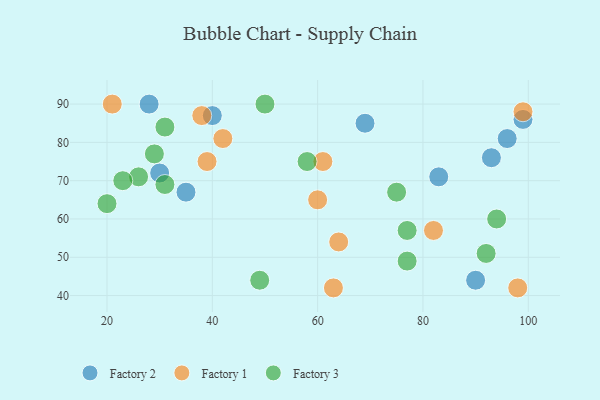
{"axis": {"x": "GDP", "y": "Life Expectancy"}, "legend": ["Factory 1", "Factory 2", "Factory 3"], "data": [{"x": "35", "y": 67, "type": "Factory 2"}, {"x": "96", "y": 81, "type": "Factory 2"}, {"x": "93", "y": 76, "type": "Factory 2"}, {"x": "40", "y": 87, "type": "Factory 2"}, {"x": "90", "y": 44, "type": "Factory 2"}, {"x": "69", "y": 85, "type": "Factory 2"}, {"x": "83", "y": 71, "type": "Factory 2"}, {"x": "99", "y": 86, "type": "Factory 2"}, {"x": "28", "y": 90, "type": "Factory 2"}, {"x": "30", "y": 72, "type": "Factory 2"}, {"x": "99", "y": 88, "type": "Factory 1"}, {"x": "38", "y": 87, "type": "Factory 1"}, {"x": "60", "y": 65, "type": "Factory 1"}, {"x": "21", "y": 90, "type": "Factory 1"}, {"x": "82", "y": 57, "type": "Factory 1"}, {"x": "64", "y": 54, "type": "Factory 1"}, {"x": "63", "y": 42, "type": "Factory 1"}, {"x": "98", "y": 42, "type": "Factory 1"}, {"x": "61", "y": 75, "type": "Factory 1"}, {"x": "42", "y": 81, "type": "Factory 1"}, {"x": "39", "y": 75, "type": "Factory 1"}, {"x": "31", "y": 84, "type": "Factory 3"}, {"x": "49", "y": 44, "type": "Factory 3"}, {"x": "20", "y": 64, "type": "Factory 3"}, {"x": "31", "y": 69, "type": "Factory 3"}, {"x": "77", "y": 57, "type": "Factory 3"}, {"x": "94", "y": 60, "type": "Factory 3"}, {"x": "50", "y": 90, "type": "Factory 3"}, {"x": "26", "y": 71, "type": "Factory 3"}, {"x": "58", "y": 75, "type": "Factory 3"}, {"x": "77", "y": 49, "type": "Factory 3"}, {"x": "75", "y": 67, "type": "Factory 3"}, {"x": "29", "y": 77, "type": "Factory 3"}, {"x": "23", "y": 70, "type": "Factory 3"}, {"x": "92", "y": 51, "type": "Factory 3"}]}